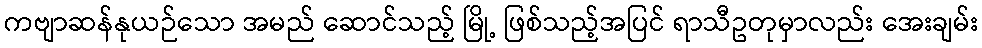
ကဗျာဆန်နုယဉ်သော အမည် ဆောင်သည့် မြို့ ဖြစ်သည့်အပြင် ရာသီဥတုမှာလည်း အေးချမ်း